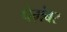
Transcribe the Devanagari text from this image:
पैग़ंबर